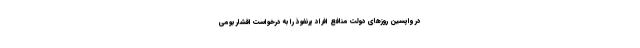
در واپسین روزهای دولت منافع افراد پرنفوذ را به درخواست اقشار بومی